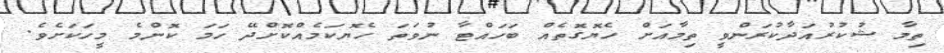
ތިމާ ޝުކުރުއަދާކުރަންވީ ތިމާއަށް ހެޔޮގޮތެއް ބަހައްޓާ ނުވަތަ ހެޔޮކަމެއްކޮށްދޭ ހަމަ ކޮންމެ މީހަކަށެވެ.